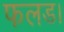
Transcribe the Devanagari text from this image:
फलड।